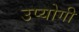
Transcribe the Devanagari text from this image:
उप्योगी